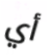
أي